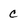
Character: C